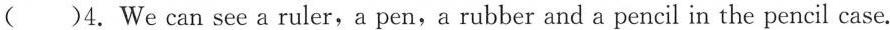
( )4. We can see a ruler,a pen,a rubber and a pencil in the pencil case.